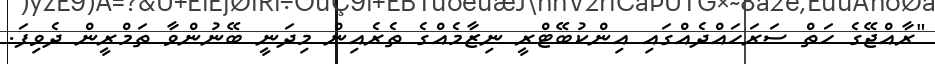
"ރާއްޖޭގެ ހަތް ސަރަހައްދެއްގައި އިންކުބޭޓްރީ ނިޒާމެއްގެ ތެރެއިން މިދަނީ ބޭނުންވާ ތަމްރީން ދެވިފަ.